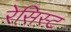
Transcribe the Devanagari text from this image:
रेसिस्ट